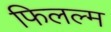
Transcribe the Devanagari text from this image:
फिलल्म